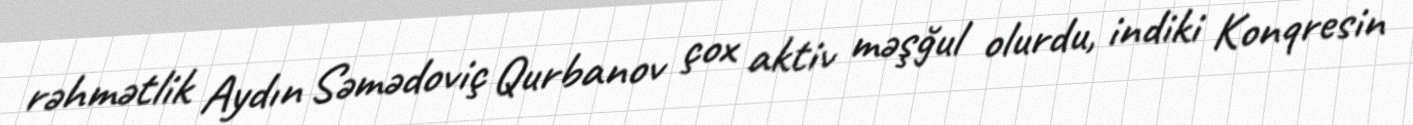
rəhmətlik Aydın Səmədoviç Qurbanov çox aktiv məşğul olurdu, indiki Konqresin